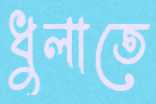
ধুলাতে